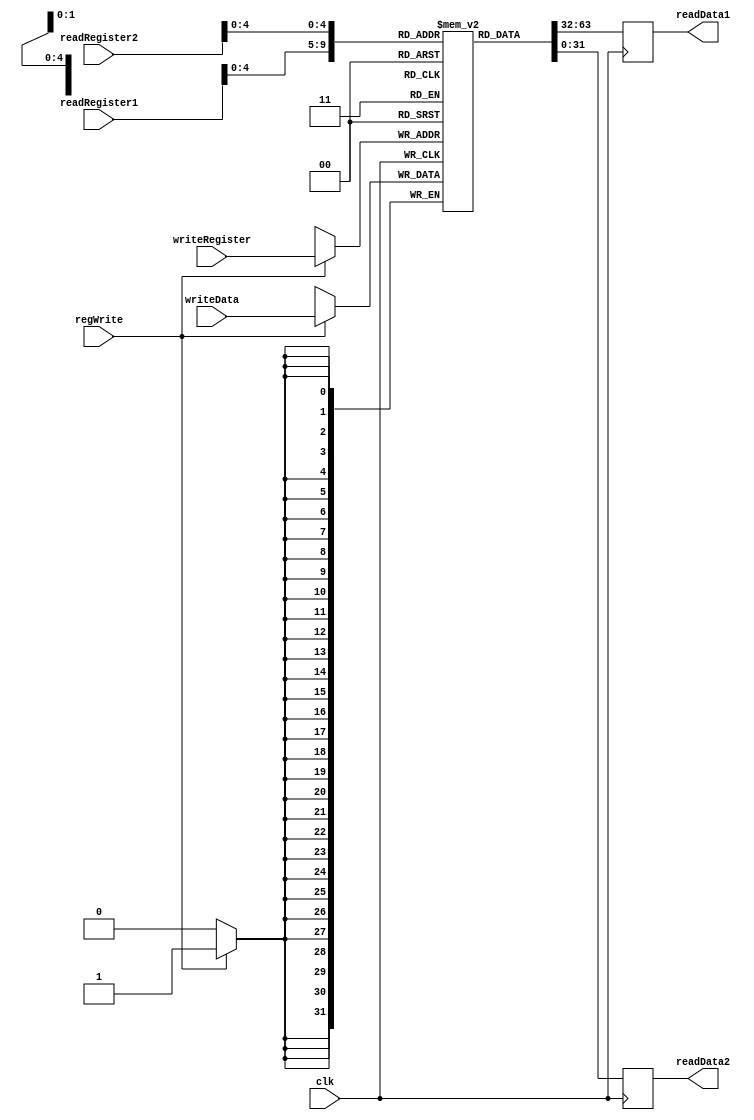
module regFile(readData1,readData2,readRegister1,
               readRegister2,writeRegister,writeData,
               clk,regWrite);

output reg [31:0] readData1;
output reg [31:0] readData2;

input [5:0] readRegister1;
input [5:0] readRegister2;
input [4:0] writeRegister;
input [31:0] writeData;
input clk;
input regWrite;

reg [31:0] registers[0:31];

always@(posedge clk)
begin
  readData1 <= registers[readRegister1];
  readData2 <= registers[readRegister2];
  if(regWrite)
    registers[writeRegister] <= writeData;
end
endmodule